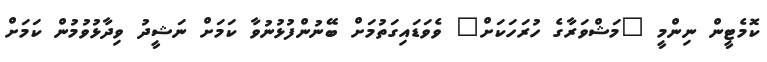
ކޮމެޓީން ނިންމީ "މަޝްވަރާގެ ހުރަހަކަށް" ވެވަޑައިގަތުމަށް ބޭނުންފުޅުނުވާ ކަމަށް ނަޝީދު ވިދާޅުވުމުން ކަމަށް